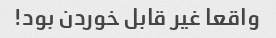
واقعا غیر قابل خوردن بود!